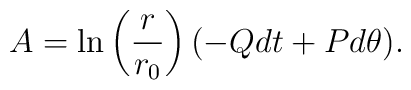
A = \ln \left( \frac{r}{r_0} \right) (- Q dt + P d\theta).